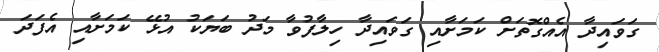
ގަވައިދާ އެއްގޮތަށް ކަމަށާއި ގަވައިދާ ހިލާފުވާ މަދު ބަޔަކު އުޅޭ ކަމަށާއި އެފަދަ